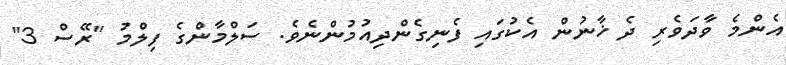
އެންމެ ވާދަވެރި ދެ ޚާނުން އެކުގައި ފެނިގެންދިއުމުންނެވެ. ސަލްމާންގެ ފިލްމު "ރޭސް 3"